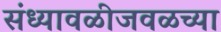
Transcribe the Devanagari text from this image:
संध्यावळीजवळच्या